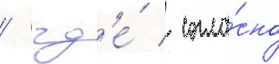
/ гд'е́ / согла́сно